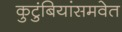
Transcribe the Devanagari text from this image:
कुटुंबियांसमवेत